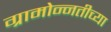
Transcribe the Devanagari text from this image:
ग्रामोन्नतीच्या